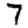
Digit: 7